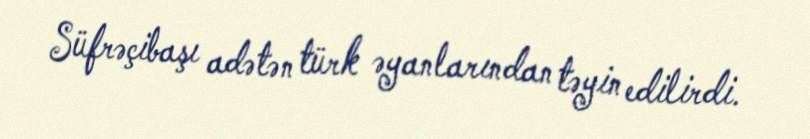
Süfrəçibaşı adətən türk əyanlarından təyin edilirdi.